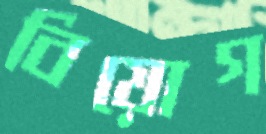
বিয়োগ